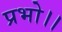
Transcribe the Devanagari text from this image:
प्रभो।।